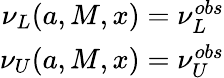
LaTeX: \begin{array}{r}{\nu_{L}(a,M,x)=\nu_{L}^{obs}}\\ {\nu_{U}(a,M,x)=\nu_{U}^{obs}}\end{array}